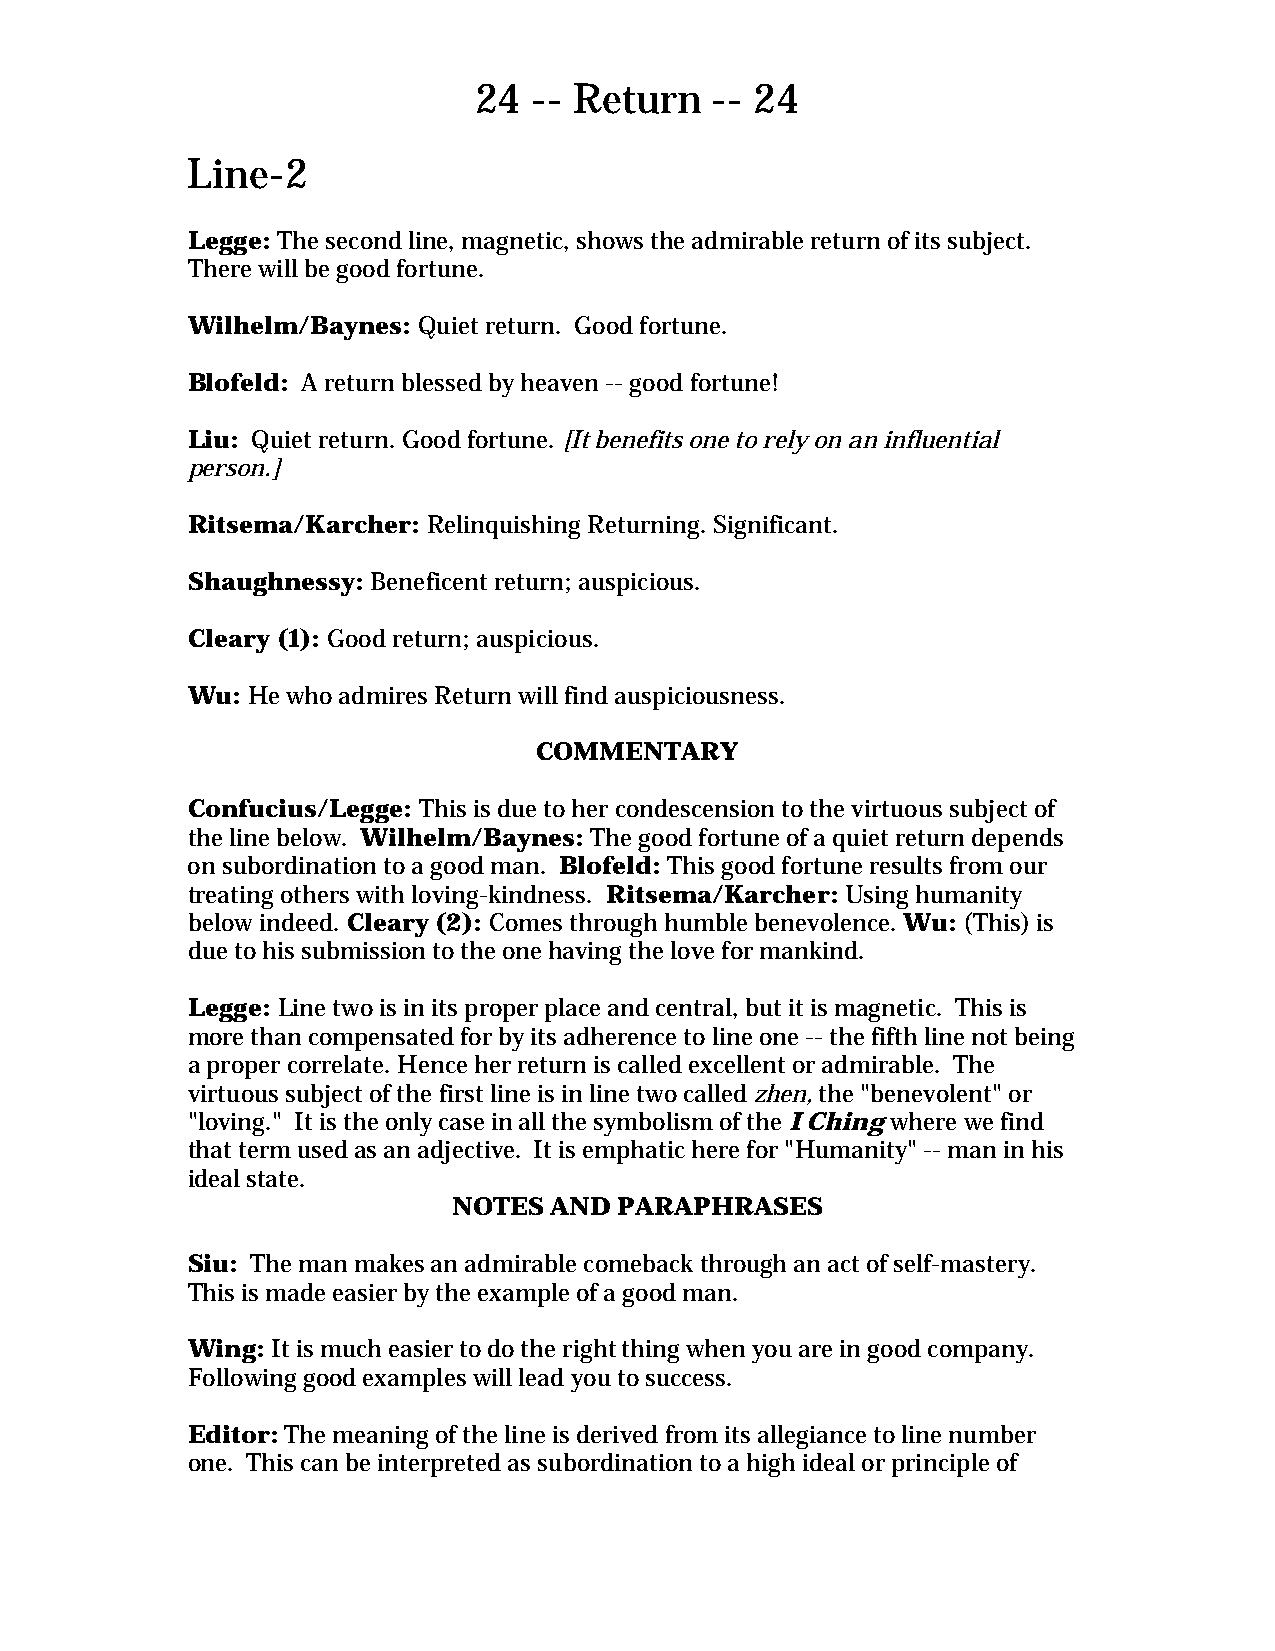
24  -- Return   -- 24
 Line-2
 Legge: The second line, magnetic, shows the admirable return of its subject.
 There will be good fortune.
 Wilhelm/Baynes: Quiet return. Good fortune.
 Blofeld: A return blessed by heaven -- good fortune!
 Liu: Quiet return. Good fortune. [It benefits one to rely on an influential
 person.]
 Ritsema/Karcher: Relinquishing Returning. Significant.
 Shaughnessy: Beneficent return; auspicious.
 Cleary (1): Good return; auspicious.
 Wu: He who admires Return will find auspiciousness.
 COMMENTARY
 Confucius/Legge: This is due to her condescension to the virtuous subject of
 the line below. Wilhelm/Baynes: The good fortune of a quiet return depends
 on subordination to a good man. Blofeld: This good fortune results from our
 treating others with loving-kindness. Ritsema/Karcher: Using humanity
 below indeed. Cleary (2): Comes through humble benevolence. Wu: (This) is
 due to his submission to the one having the love for mankind.
 Legge: Line two is in its proper place and central, but it is magnetic. This is
 more than compensated for by its adherence to line one -- the fifth line not being
 a proper correlate. Hence her return is called excellent or admirable. The
 virtuous subject of the first line is in line two called zhen, the "benevolent" or
 "loving." It is the only case in all the symbolism of the I Ching where we find
 that term used as an adjective. It is emphatic here for "Humanity" -- man in his
 ideal state.
 NOTES AND  PARAPHRASES
 Siu: The man makes an admirable comeback through an act of self-mastery.
 This is made easier by the example of a good man.
 Wing: It is much easier to do the right thing when you are in good company.
 Following good examples will lead you to success.
 Editor: The meaning of the line is derived from its allegiance to line number
 one. This can be interpreted as subordination to a high ideal or principle of